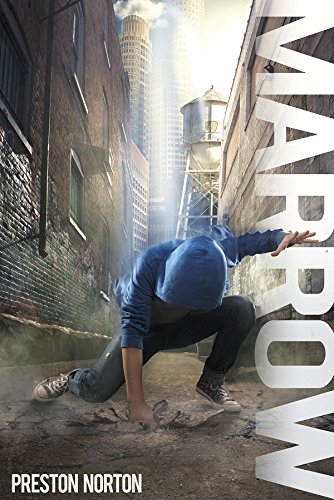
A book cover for Marrow; Preston Norton; Science Fiction & Fantasy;